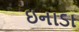
ઇનાડા